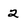
Character: 2